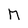
Character: M